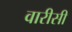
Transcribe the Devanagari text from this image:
वारीसी